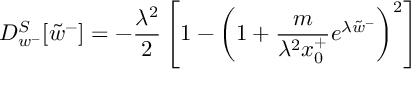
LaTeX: D _ { w ^ { - } } ^ { S } [ \tilde { w } ^ { - } ] = - \frac { \lambda ^ { 2 } } { 2 } \left[ 1 - \left( 1 + \frac { m } { \lambda ^ { 2 } x _ { 0 } ^ { + } } e ^ { \lambda \tilde { w } ^ { - } } \right) ^ { 2 } \right]